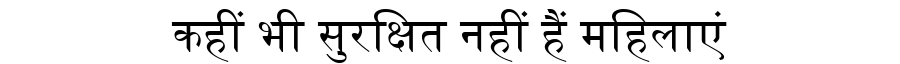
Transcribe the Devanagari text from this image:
कहीं भी सुरक्षित नहीं हैं महिलाएं